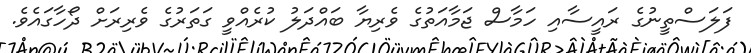
ފަލަސްތީނުގެ ރައީސާއި ހަމާސް ޖަމާއަތުގެ ވެރިޔާ ބައްދަލު ކުރެއްވީ ގަތަރުގެ ވެރިރަށް ދޯހާގައެވެ.